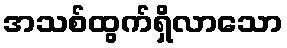
အသစ်ထွက်ရှိလာသော